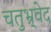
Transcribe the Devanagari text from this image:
चतुभ्र्वेद